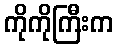
ကိုကိုကြီးက